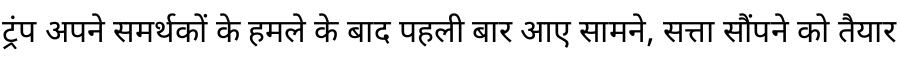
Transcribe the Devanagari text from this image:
ट्रंप अपने समर्थकों के हमले के बाद पहली बार आए सामने, सत्ता सौंपने को तैयार